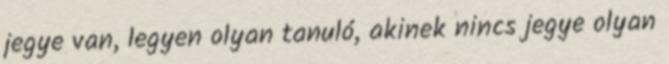
jegye van, legyen olyan tanuló, akinek nincs jegye olyan